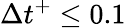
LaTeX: \Delta t^{+}\leq 0.1